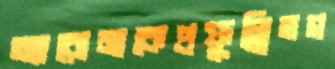
অ্যারোমাকেপ্রফুল্লিতগ